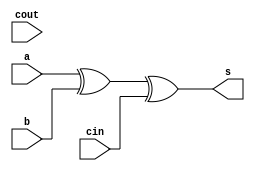
`timescale 1ns / 1ps
//////////////////////////////////////////////////////////////////////////////////
// Company: 
// Engineer: 
// 
// Design Name: 
// Module Name: NOT
// Project Name: 
// Target Devices: 
// Tool Versions: 
// Description: 
// 
// Dependencies: 
// 
// Revision:
// Revision 0.01 - File Created
// Additional Comments:
// 
//////////////////////////////////////////////////////////////////////////////////

module FullAdder(
    input a,
    input b,
    input cin,
    output s,
    input cout
    );

 

wire w1, w2, w3;             //These wires will act as connections between our logic AND + OR gates

 

//determine what our carry out will be
and(w1,a,b);                 // a AND b attach output to w1
and(w2,a,cin);               // a AND cin attach output to w2
and(w3,b,cin);               // b AND cin attach output to w3
or(cout, w1,w2,w3);          // w1 OR w2 OR w3 attach output to cout

 

//determine what our sum is
xor(s,a,b,cin);

 

endmodule